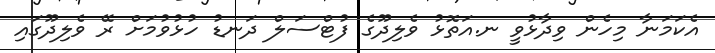
އެކަމަނާ މިހެން ވިދާޅުވީ ނ.އަތޮޅު ވެލިދޫގެ ފުޓްސަލް ދަނޑު ހުޅުވުމަށް ރޭ ވެލިދޫގައި